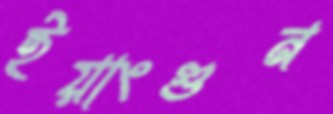
ইয়াংগুন